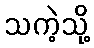
သကဲ့သို့